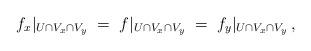
LaTeX: \begin{align*}f_x|_{U\cap V_x\cap V_y}\;=\;f|_{U\cap V_x\cap V_y}\; =\; f_y|_{U\cap V_x\cap V_y}\,,\end{align*}